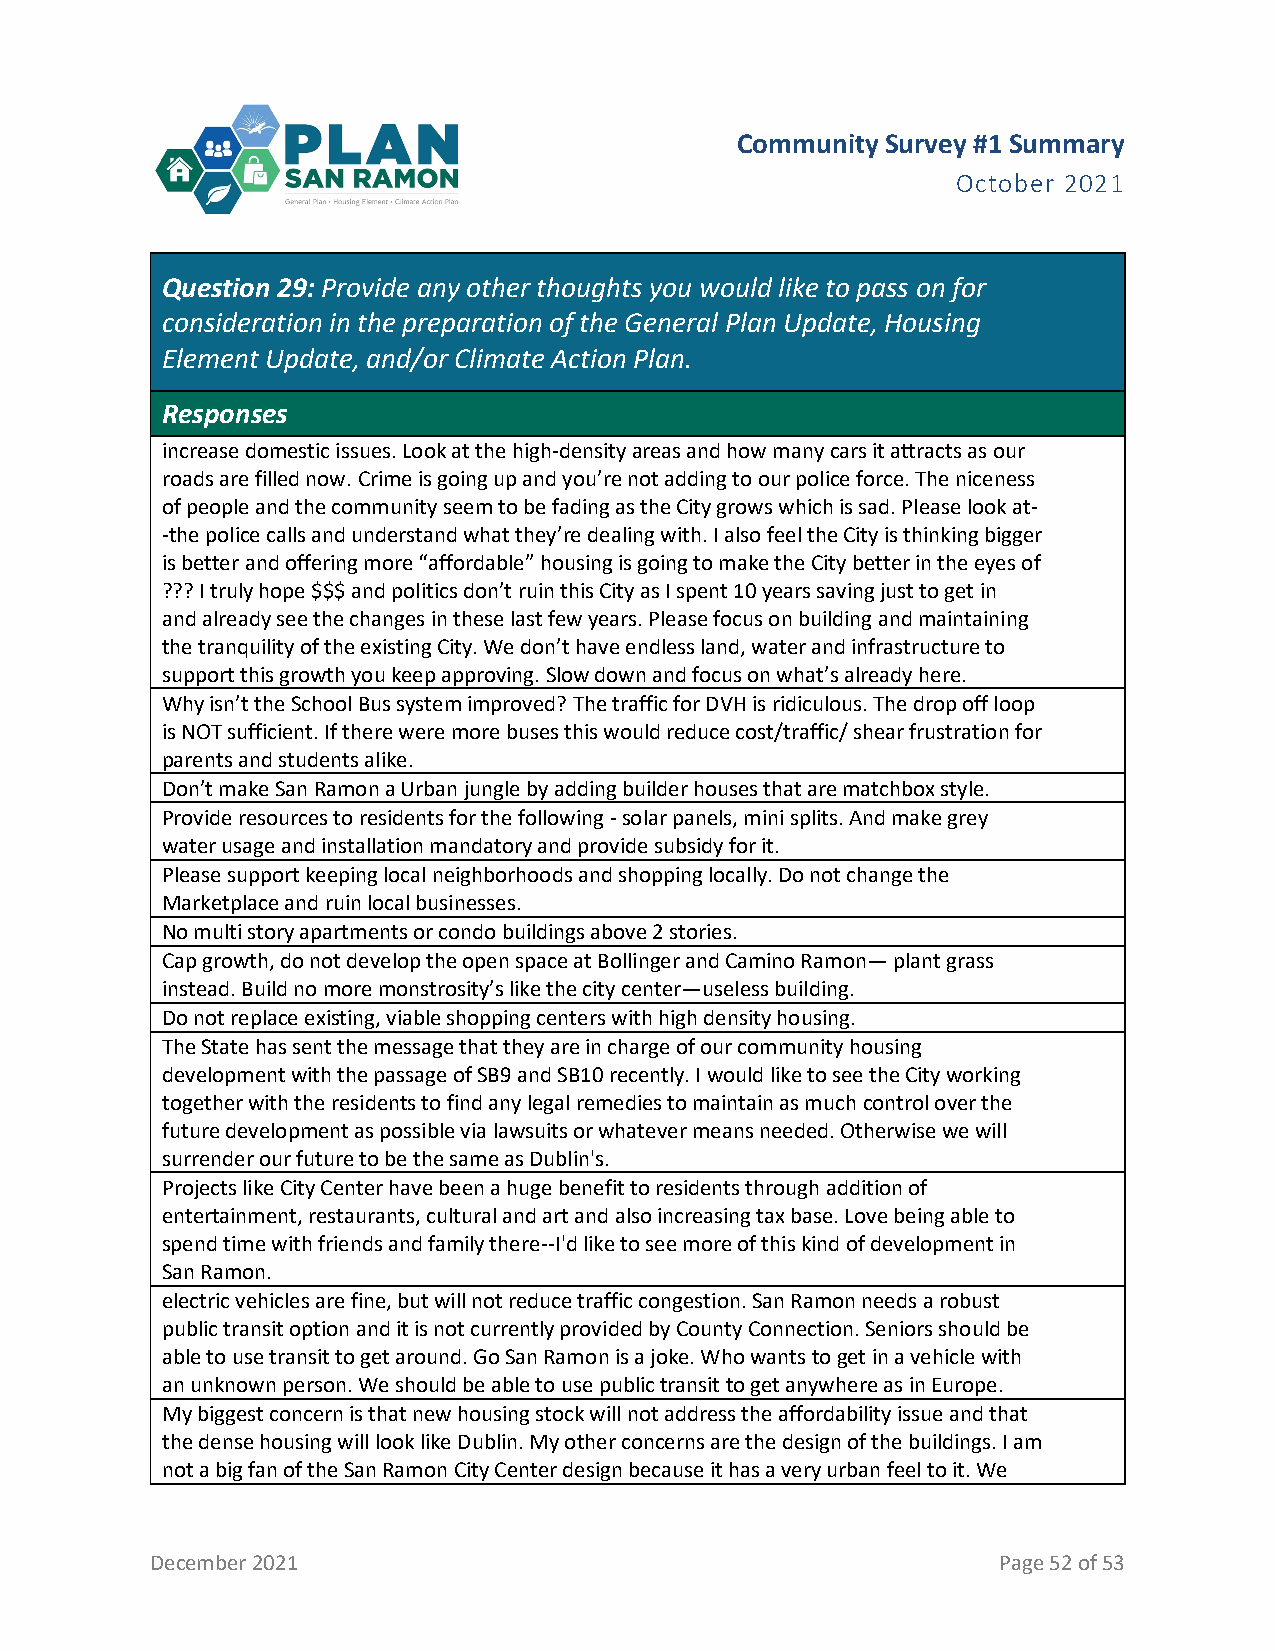
Community Survey #1 Summary
 October 2021
 Question 29: Provide any other thoughts you would like to pass on for
 consideration in the preparation of the General Plan Update, Housing
 Element Update, and/or Climate Action Plan.
 Responses
 increase domestic issues. Look at the high-density areas and how many cars it attracts as our
 roads are filled now. Crime is going up and you’re not adding to our police force. The niceness
 of people and the community seem to be fading as the City grows which is sad. Please look at-
 -the police calls and understand what they’re dealing with. I also feel the City is thinking bigger
 is better and offering more “affordable” housing is going to make the City better in the eyes of
 ??? I truly hope $$$ and politics don’t ruin this City as I spent 10 years saving just to get in
 and already see the changes in these last few years. Please focus on building and maintaining
 the tranquility of the existing City. We don’t have endless land, water and infrastructure to
 support this growth you keep approving. Slow down and focus on what’s already here.
 Why isn’t the School Bus system improved? The traffic for DVH is ridiculous. The drop off loop
 is NOT sufficient. If there were more buses this would reduce cost/traffic/ shear frustration for
 parents and students alike.
 Don’t make San Ramon a Urban jungle by adding builder houses that are matchbox style.
 Provide resources to residents for the following - solar panels, mini splits. And make grey
 water usage and installation mandatory and provide subsidy for it.
 Please support keeping local neighborhoods and shopping locally. Do not change the
 Marketplace and ruin local businesses.
 No multi story apartments or condo buildings above 2 stories.
 Cap growth, do not develop the open space at Bollinger and Camino Ramon— plant grass
 instead. Build no more monstrosity’s like the city center—useless building.
 Do not replace existing, viable shopping centers with high density housing.
 The State has sent the message that they are in charge of our community housing
 development with the passage of SB9 and SB10 recently. I would like to see the City working
 together with the residents to find any legal remedies to maintain as much control over the
 future development as possible via lawsuits or whatever means needed. Otherwise we will
 surrender our future to be the same as Dublin's.
 Projects like City Center have been a huge benefit to residents through addition of
 entertainment, restaurants, cultural and art and also increasing tax base. Love being able to
 spend time with friends and family there--I'd like to see more of this kind of development in
 San Ramon.
 electric vehicles are fine, but will not reduce traffic congestion. San Ramon needs a robust
 public transit option and it is not currently provided by County Connection. Seniors should be
 able to use transit to get around. Go San Ramon is a joke. Who wants to get in a vehicle with
 an unknown person. We should be able to use public transit to get anywhere as in Europe.
 My biggest concern is that new housing stock will not address the affordability issue and that
 the dense housing will look like Dublin. My other concerns are the design of the buildings. I am
 not a big fan of the San Ramon City Center design because it has a very urban feel to it. We
 December 2021                                           Page 52 of 53